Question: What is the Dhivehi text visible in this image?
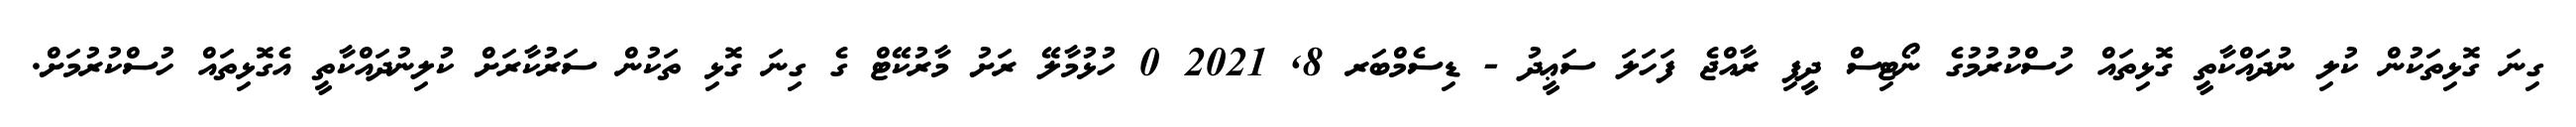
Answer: ގިނަ ގޮޅިތަކުން ކުލި ނުދައްކާތީ ގޮޅިތައް ހުސްކުރުމުގެ ނޯޓިސް ދީފި ރާއްޖެ ފަހަލަ ސަޢީދު - ޑިސެމްބަރ 8, 2021 0 ހުޅުމާލޭ ރަށު މާރުކޭޓް ގެ ގިނަ ގޮޅި ތަކުން ސަރުކާރަށް ކުލިނުދައްކާތީ އެގޮޅިތައް ހުސްކުރުމަށް.